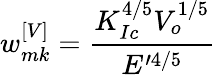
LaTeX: w_{mk}^{\left[V\right]}=\frac{K_{Ic}^{4/5}V_{o}^{1/5}}{E^{\prime 4/5}}